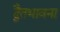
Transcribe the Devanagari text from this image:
द्वैतभावना